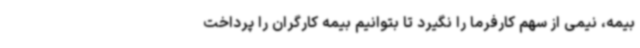
بیمه، نیمی از سهم کارفرما را نگیرد تا بتوانیم بیمه کارگران را پرداخت